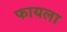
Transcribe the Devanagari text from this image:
फायला